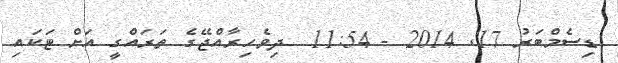
ޑިސެމްބަރު 17